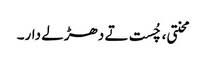
محنتی، چُست تے دھڑلے دار۔